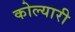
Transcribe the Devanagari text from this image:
कोल्यारी